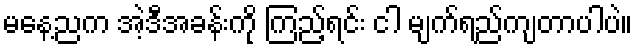
မနေ့ညက အဲ့ဒီအခန်းကို ကြည့်ရင်း ငါ မျက်ရည်ကျတာပါပဲ။